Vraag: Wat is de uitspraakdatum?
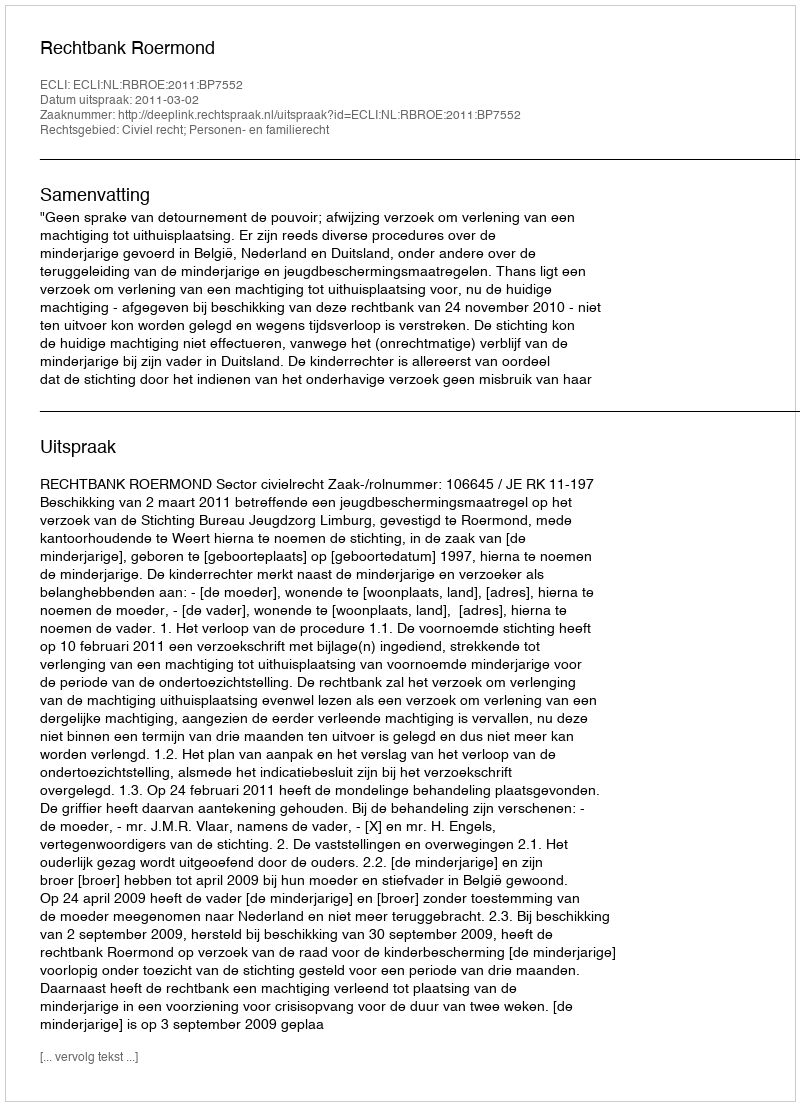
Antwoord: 2011-03-02